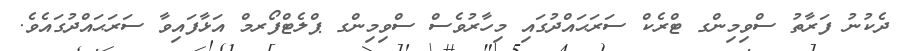
ދެކުނު ފަރާތު ސްވިމިންގ ޓްރެކް ސަރަޙައްދުގައި މިހާރުވެސް ސްވިމިންގ ޕްލެޓްފޯރމް އަޅާފައިވާ ސަރަަޙައްދުގައެވެ.